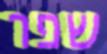
שפר